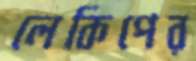
লেকিপের